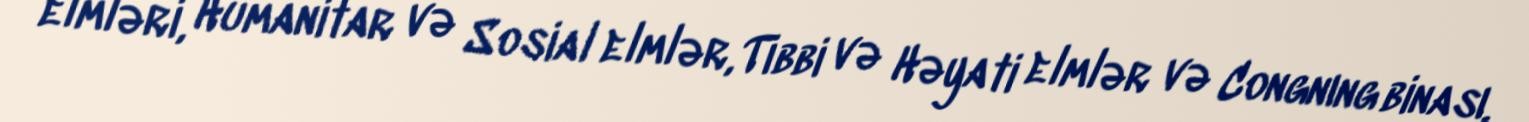
elmləri, Humanitar və Sosial elmlər, Tibbi və Həyati elmlər və Congnıng binası.